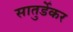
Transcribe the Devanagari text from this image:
सातुर्डेकर